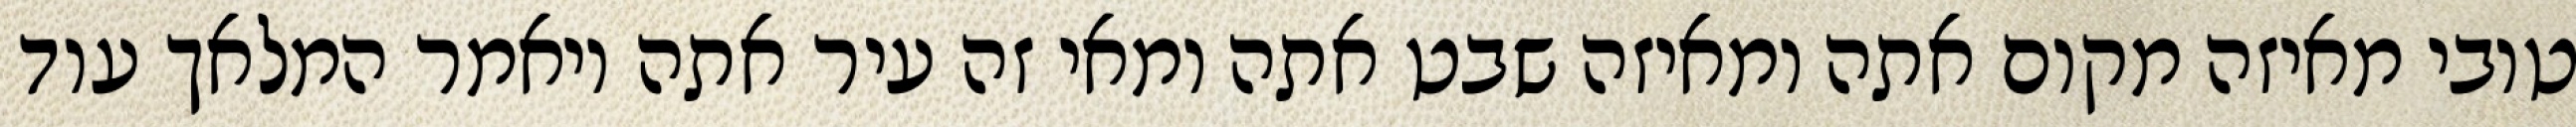
טובי מאיזה מקום אתה ומאיזה שבט אתה ומאי זה עיר אתה ויאמר המלאך עוד